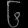
Digit: ၆